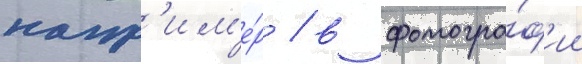
напр'им'е́р / в фотогра́ф'ии